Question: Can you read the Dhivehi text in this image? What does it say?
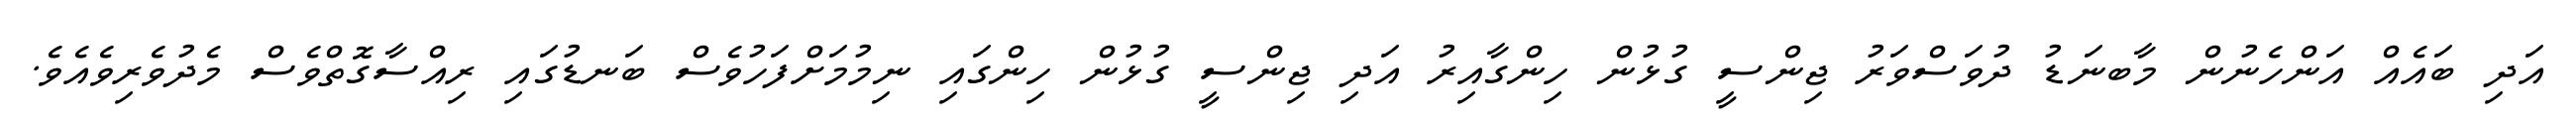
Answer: އަދި ބައެއް އަންހެނުން މާބނަޑު ދުވަސްވަރު ޖިންސީ ގުޅުން ހިންގާއިރު އަދި ޖިންސީ ގުޅުން ހިންގައި ނިމުމަށްފަހުވެސް ބަނޑުގައި ރިއްސާގޮތްވެސް މެދުވެރިވެއެވެ.